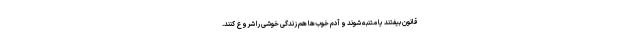
قانون بیفتند یا متنبه شوند و آدم خوب‌ها هم زندگی خوشی را شروع کنند.